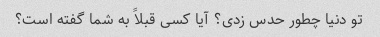
تو دنیا چطور حدس زدی؟ آیا کسی قبلاً به شما گفته است؟